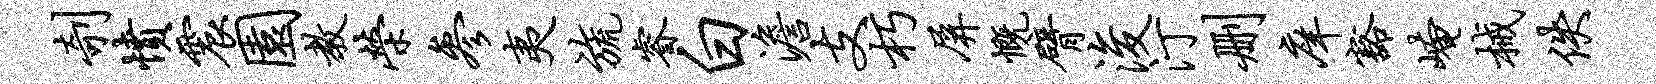
剞愤震园教荣参夷旒睿白澹支朽屏慨臂浚汀删庠豁崦械佚